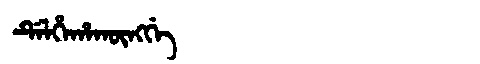
Manchu: ᡩᡝᠯᡥᡝᡥᠠᡴᡡᠩᡤᡝ
Romanization: DELHEHAKŪNGGE